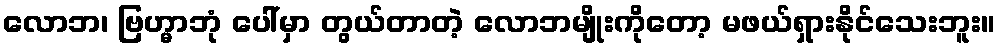
လောဘ၊ ဗြဟ္မာဘုံ ပေါ်မှာ တွယ်တာတဲ့ လောဘမျိုးကိုတော့ မဖယ်ရှားနိုင်သေးဘူး။